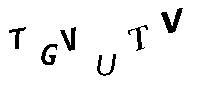
TGVUTV